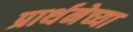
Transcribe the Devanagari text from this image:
प्रार्थनेच्या